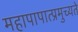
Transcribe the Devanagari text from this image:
महापापात्प्रमुच्यते